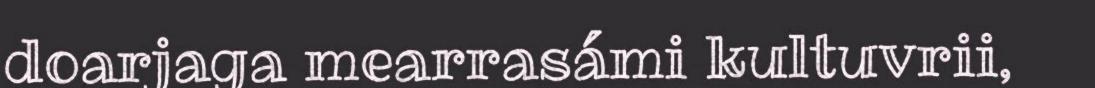
doarjaga mearrasámi kultuvrii,